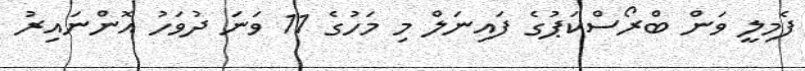
ފެމިލީ ވަން ބްރޯސްކަޕުގެ ފައިނަލް މި މަހުގެ 11 ވަނަ ދުވަހު އޮންނައިރު